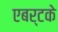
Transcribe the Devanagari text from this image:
एबर्टके